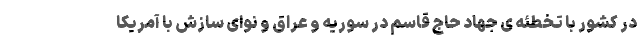
در کشور با تخطئه ی جهاد حاج قاسم در سوریه و عراق و نوای سازش با آمریکا